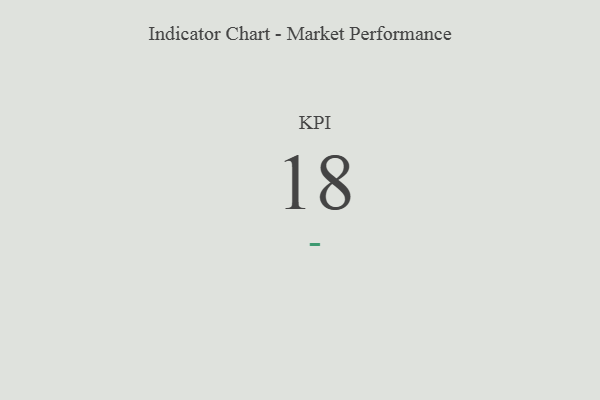
{"axis": {"x": "KPI", "y": "Value"}, "legend": [""], "data": [{"x": "KPI", "y": 18, "type": ""}]}